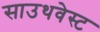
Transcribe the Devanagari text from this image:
साउथवेस्‍ट